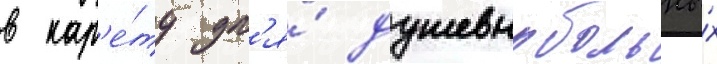
в кар'е́ту дл'я́ душевнобольны́х